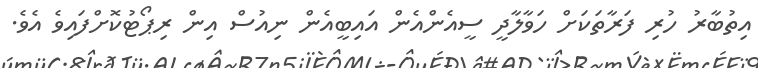
އިތުބާރު ހުރި ފަރާތަކަށް ހަވާލާދީ ސީއެންއެން އައިބީއެން ނިއުސް އިން ރިޕޯޓުކޮށްފައިވެ އެވެ.